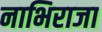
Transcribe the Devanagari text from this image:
नाभिराजा